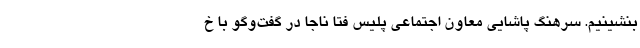
بنشینیم. سرهنگ پاشایی معاون اجتماعی پلیس فتا ناجا در گفت‌وگو با خ